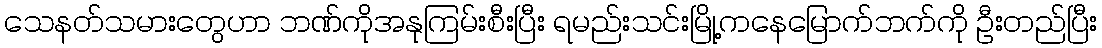
သေနတ်သမားတွေဟာ ဘဏ်ကိုအနုကြမ်းစီးပြီး ရမည်းသင်းမြို့ကနေမြောက်ဘက်ကို ဦးတည်ပြီး